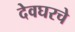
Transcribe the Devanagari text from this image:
देवघरचे